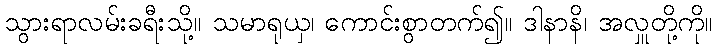
သွားရာလမ်းခရီးသို့။ သမာရုယှ၊ ကောင်းစွာတက်၍။ ဒါနာနိ၊ အလှူတို့ကို။